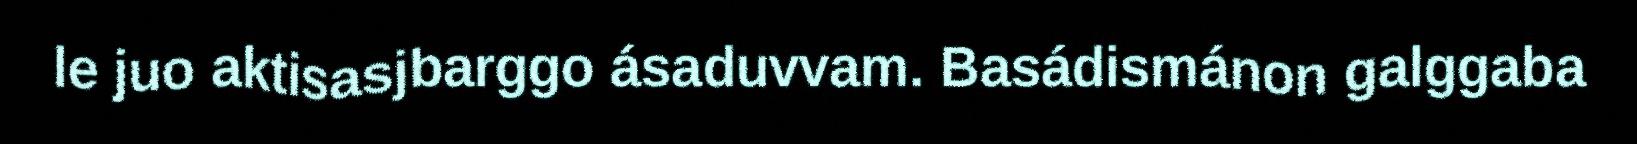
le juo aktisasjbarggo ásaduvvam. Basádismánon galggaba